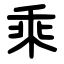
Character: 乘